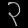
Digit: ၃